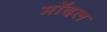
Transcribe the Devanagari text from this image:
मॉदल